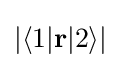
|\langle 1|\mathbf {r} |2\rangle |